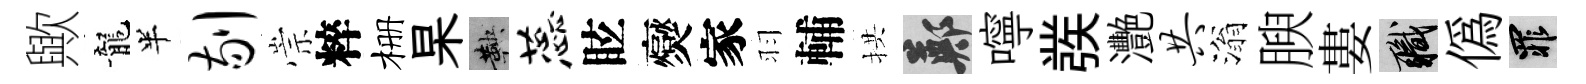
歟龍半剔崇粹栅杲鞅蕊眩爕家羽輔拱鄭嚀彂灧共滃腴婁職偽罪